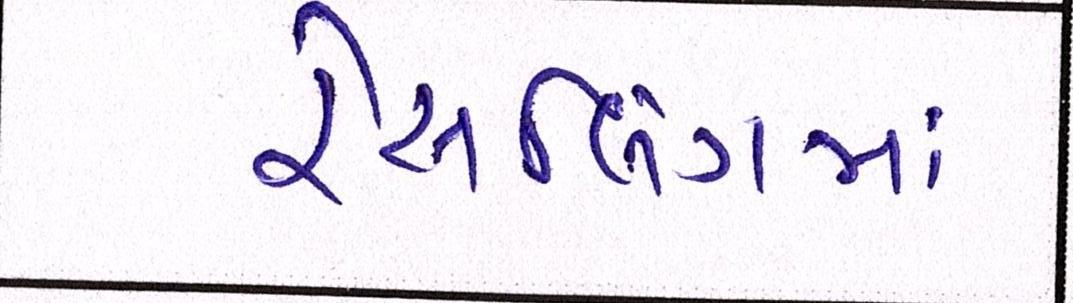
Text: રેસલિંગમાં